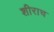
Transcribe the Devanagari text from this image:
शीराच